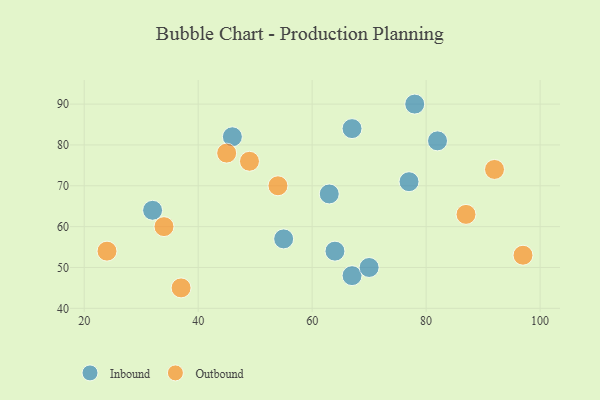
{"axis": {"x": "GDP", "y": "Life Expectancy"}, "legend": ["Inbound", "Outbound"], "data": [{"x": "78", "y": 90, "type": "Inbound"}, {"x": "32", "y": 64, "type": "Inbound"}, {"x": "67", "y": 48, "type": "Inbound"}, {"x": "55", "y": 57, "type": "Inbound"}, {"x": "70", "y": 50, "type": "Inbound"}, {"x": "46", "y": 82, "type": "Inbound"}, {"x": "63", "y": 68, "type": "Inbound"}, {"x": "67", "y": 84, "type": "Inbound"}, {"x": "77", "y": 71, "type": "Inbound"}, {"x": "82", "y": 81, "type": "Inbound"}, {"x": "64", "y": 54, "type": "Inbound"}, {"x": "87", "y": 63, "type": "Outbound"}, {"x": "34", "y": 60, "type": "Outbound"}, {"x": "92", "y": 74, "type": "Outbound"}, {"x": "54", "y": 70, "type": "Outbound"}, {"x": "24", "y": 54, "type": "Outbound"}, {"x": "97", "y": 53, "type": "Outbound"}, {"x": "49", "y": 76, "type": "Outbound"}, {"x": "45", "y": 78, "type": "Outbound"}, {"x": "37", "y": 45, "type": "Outbound"}]}